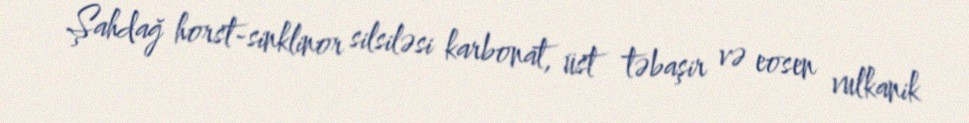
Şahdağ horst-sinklinor silsiləsi karbonat, üst təbaşir və eosen vulkanik